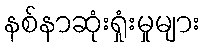
နစ်နာဆုံးရှုံးမှုများ